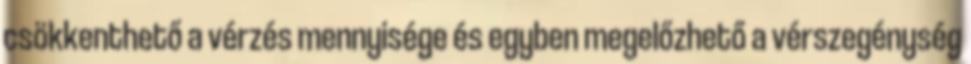
csökkenthető a vérzés mennyisége és egyben megelőzhető a vérszegénység